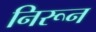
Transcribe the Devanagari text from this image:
निरून